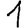
Digit: 1